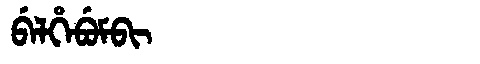
Manchu: ᠪᡝᠯᡥᡝᠪᡠᠮᠪᡳ
Romanization: BELHEBUMBI